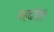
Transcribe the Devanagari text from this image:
महदगिरि